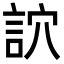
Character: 䛎